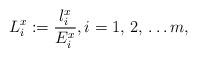
LaTeX: \begin{align*}L_{i}^{x}:=\frac{l_{i}^{x}}{E_{i}^{x}},i=1,\thinspace 2,\thinspace \mathellipsis m,\end{align*}